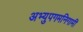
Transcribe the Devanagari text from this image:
अभ्युपगमनिगामी